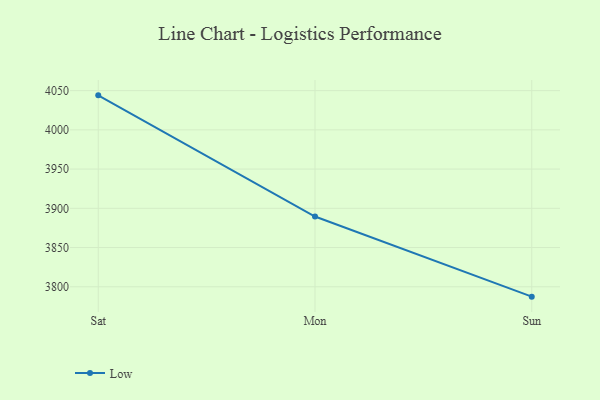
{"axis": {"x": "Day", "y": "Temperature (°C)"}, "legend": ["Low"], "data": [{"x": "Sat", "y": 4044.0, "type": "Low"}, {"x": "Mon", "y": 3889.5, "type": "Low"}, {"x": "Sun", "y": 3787.4, "type": "Low"}]}